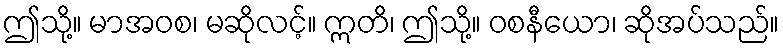
ဤသို့။ မာအဝစ၊ မဆိုလင့်။ ဣတိ၊ ဤသို့။ ဝစနီယော၊ ဆိုအပ်သည်။